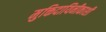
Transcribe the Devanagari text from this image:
मुक्तिदायिनीकाशी